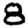
Digit: 8